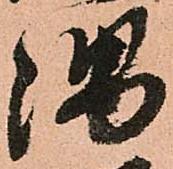
隅